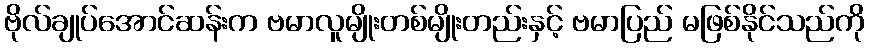
ဗိုလ်ချုပ်အောင်ဆန်းက ဗမာလူမျိုးတစ်မျိုးတည်းနှင့် ဗမာပြည် မဖြစ်နိုင်သည်ကို